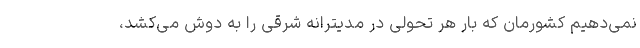
نمی‌دهیم کشورمان که بار هر تحولی در مدیترانه شرقی را به دوش می‌کشد،